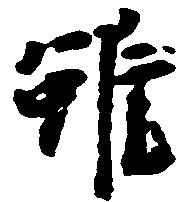
雖